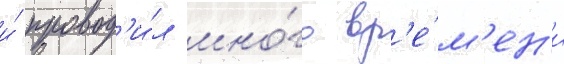
и́ провод'и́л мно́го вр'е́м'ен'и